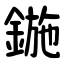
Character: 鍦